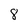
Character: 8